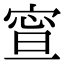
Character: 𡩉